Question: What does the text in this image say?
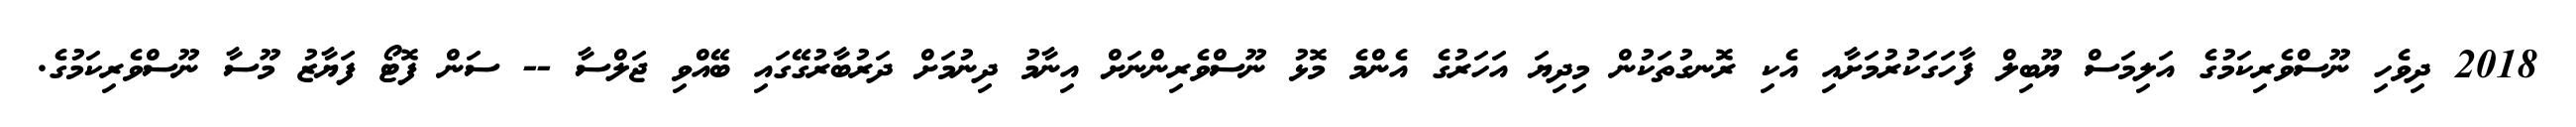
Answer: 2018 ދިވެހި ނޫސްވެރިކަމުގެ އަލިމަސް ޔޫބިލް ފާހަގަކުރުމަށާއި އެކި ރޮނގުތަކުން މިދިޔަ އަހަރުގެ އެންމެ މޮޅު ނޫސްވެރިންނަށް އިނާމު ދިނުމަށް ދަރުބާރުގޭގައި ބޭއްވި ޖަލްސާ -- ސަން ފޮޓޯ ފަޔާޒު މޫސާ ނޫސްވެރިކަމުގެ.